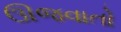
ઊજવાતો